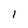
Character: 1